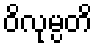
ဝိလုမ္ပတိ